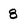
Character: 8